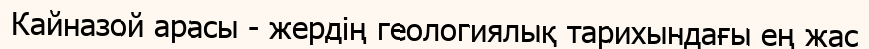
Кайназой арасы - жердің геологиялық тарихындағы ең жас